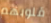
قلوبهم